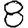
Digit: 8